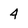
Character: 4